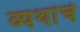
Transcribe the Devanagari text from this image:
व्यथांचे